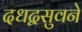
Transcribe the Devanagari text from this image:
दधद्वसुवने